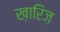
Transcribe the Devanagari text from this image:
ख़ारिज़